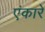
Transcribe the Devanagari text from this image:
एंकारे